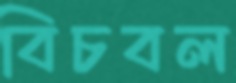
বিচবল